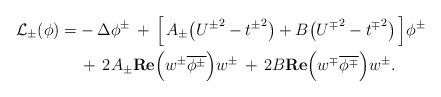
LaTeX: \begin{align*}{\mathcal L}_\pm(\phi)=&-\Delta \phi^\pm \,+\,\Big[\,A_\pm\big({U^\pm}^2-{t^\pm}^2\big)+B\big({U^\mp}^2-{t^\mp}^2\big)\,\Big]\phi^\pm\\&\,+\,2A_\pm {\mathbf {Re}}\Big(w^\pm\overline{\phi^\pm}\Big)w^\pm\,+\,2B{\mathbf {Re}}\Big(w^\mp \overline{\phi^\mp}\Big)w^\pm.\end{align*}